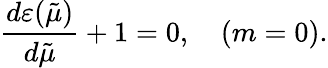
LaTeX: \frac{d\varepsilon(\tilde{\mu})}{d\tilde{\mu}}+1=0,\quad(m=0).